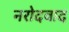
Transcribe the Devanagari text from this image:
नरोदवाद